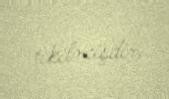
tikilmişdir.